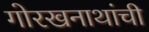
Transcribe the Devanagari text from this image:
गोरखनाथांची